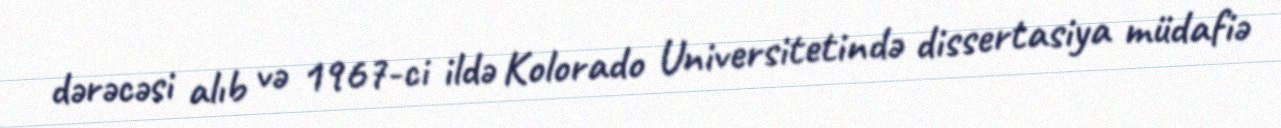
dərəcəsi alıb və 1967-ci ildə Kolorado Universitetində dissertasiya müdafiə